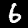
Label: 6